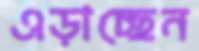
এড়াচ্ছেন